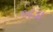
બડા